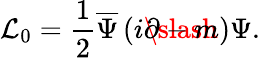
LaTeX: {\cal L}_{0}=\frac 12\overline{{\Psi}}\left(i\rlap\slash\partial-m\right)\Psi.